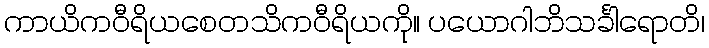
ကာယိကဝီရိယစေတသိကဝီရိယကို။ ပယောဂါဘိသင်္ခါရောတိ၊